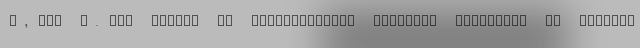
A, Ram R. The impact of international economic sanctions on Iranian